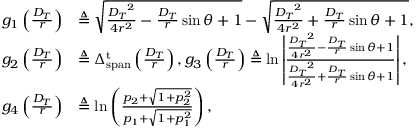
\begin{array} { r l } { { g _ { 1 } } \left( { \frac { { { D _ { T } } } } { r } } \right) } & { \triangleq \sqrt { \frac { { { D _ { T } } ^ { 2 } } } { { 4 { r ^ { 2 } } } } - \frac { { { D _ { T } } } } { r } \sin \theta + 1 } - \sqrt { \frac { { { D _ { T } } ^ { 2 } } } { { 4 { r ^ { 2 } } } } + \frac { { { D _ { T } } } } { r } \sin \theta + 1 } , } \\ { { g _ { 2 } } \left( { \frac { { { D _ { T } } } } { r } } \right) } & { \triangleq \Delta _ { \mathrm { { s p a n } } } ^ { \mathrm { t } } \left( \frac { { { D _ { T } } } } { r } \right) , { g _ { 3 } } \left( { \frac { { { D _ { T } } } } { r } } \right) \triangleq \ln \left| { \frac { { \frac { { { D _ { T } } ^ { 2 } } } { { 4 { r ^ { 2 } } } } - \frac { { { D _ { T } } } } { r } \sin \theta + 1 } } { { \frac { { { D _ { T } } ^ { 2 } } } { { 4 { r ^ { 2 } } } } + \frac { { { D _ { T } } } } { r } \sin \theta + 1 } } } \right| , } \\ { { g _ { 4 } } \left( { \frac { { { D _ { T } } } } { r } } \right) } & { \triangleq \ln \left( \frac { { { p _ { 2 } } + \sqrt { 1 + p _ { 2 } ^ { 2 } } } } { { { p _ { 1 } } + \sqrt { 1 + p _ { 1 } ^ { 2 } } } } \right) , } \end{array}